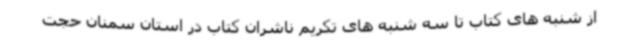
از شنبه های کتاب تا سه شنبه های تکریم ناشران کتاب در استان سمنان حجت